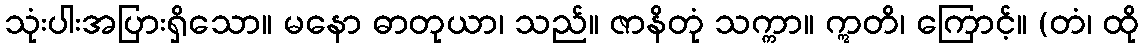
သုံးပါးအပြားရှိသော။ မနော ဓာတုယာ၊ သည်။ ဇာနိတုံ သက္ကာ။ ဣတိ၊ ကြောင့်။ (တံ၊ ထို